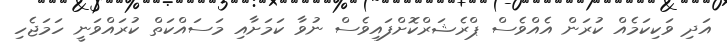
އަދި ވަކިކަމެއް ކުރަން އެއްވެސް ޕްރެޝަރްކޮށްފައިވެސް ނުވާ ކަމަށާއި މަސައްކަތް ކުރައްވަނީ ހަމަޖެހި